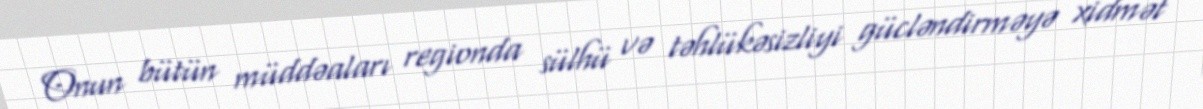
Onun bütün müddəaları regionda sülhü və təhlükəsizliyi gücləndirməyə xidmət